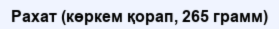
Рахат (көркем қорап, 265 грамм)